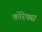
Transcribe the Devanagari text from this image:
कोरेक्स